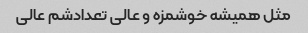
مثل همیشه خوشمزه و عالی تعدادشم عالی